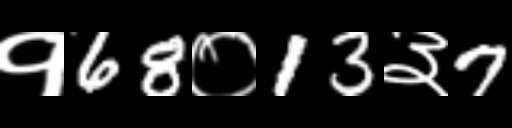
Text: १68०13३7